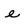
Character: e